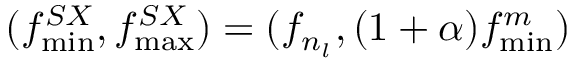
( f _ { \operatorname* { m i n } } ^ { S X } , f _ { \operatorname* { m a x } } ^ { S X } ) = ( f _ { n _ { l } } , ( 1 + \alpha ) f _ { \operatorname* { m i n } } ^ { m } )